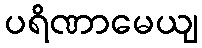
ပရိဏာမေယျ